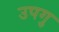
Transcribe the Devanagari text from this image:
उपगु